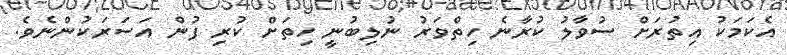
އެކަމަކު އިތުރަށް ސުވާލު ކުރާނެ ހިތްވަރު ނުލިބުނީ ހިތަށް ކުރި ފުން އަސަރަކުންނެވެ.